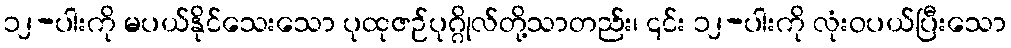
၁၂-ပါးကို မပယ်နိုင်သေးသော ပုထုဇဉ်ပုဂ္ဂိုလ်တို့သာတည်း၊ ၎င်း ၁၂-ပါးကို လုံးဝပယ်ပြီးသော